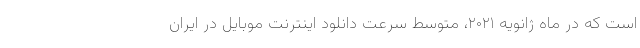
است که در ماه ژانویه ۲۰۲۱، متوسط سرعت دانلود اینترنت موبایل در ایران